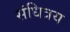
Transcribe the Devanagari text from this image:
संधित्रय